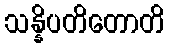
သန္နိပတိတောတိ